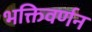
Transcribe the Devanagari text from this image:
भक्तिवर्णन